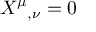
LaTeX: { X ^ { \mu } } _ { , \nu } = 0